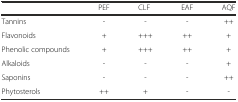
|  | PEF | CLF | EAF | AQF |
 | --- | --- | --- | --- | --- |
 | Tannins | - | - | - | ++ |
 | Flavonoids | + | +++ | ++ | + |
 | Phenolic compounds | + | +++ | ++ | + |
 | Alkaloids | - | - | - | + |
 | Saponins | - | - | - | ++ |
 | Phytosterols | ++ | + | - | - |